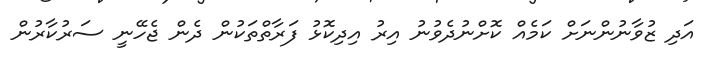
އަދި ޒުވާނުންނަށް ކަމެއް ކޮށްނުދެވުނު އިރު އިދިކޮޅު ފަރާތްތަކުން ދެން ޖެހޭނީ ސަރުކާރުން